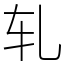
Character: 轧